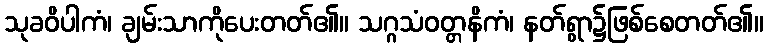
သုခဝိပါကံ၊ ချမ်းသာကိုပေးတတ်၏။ သဂ္ဂသံဝတ္တနိကံ၊ နတ်ရွာ၌ဖြစ်စေတတ်၏။